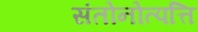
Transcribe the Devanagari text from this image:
संतोनोत्पत्ति